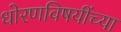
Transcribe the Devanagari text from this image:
धोरणविषयींच्या